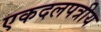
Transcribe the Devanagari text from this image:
एकदलपत्रीय